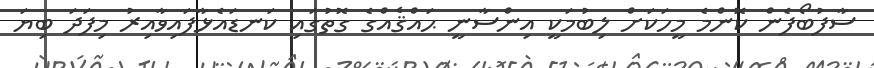
ސާފުބޯފެން ކޮންމެ މީހަކަށް ލިބުމަކީ އިންސާނީ ޙައްޤެއްގެ ގޮތުގައި ކަނޑައެޅާފައިވާއިރު މިފަދަ ބިޔަ